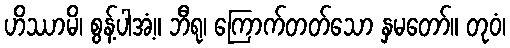
ဟိဿာမိ၊ စွန့်ပါအံ့။ ဘီရု၊ ကြောက်တတ်သော နှမတော်။ တုဝံ၊